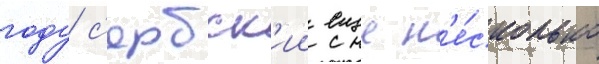
году с'ербск'ии еще н'е́сколько